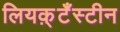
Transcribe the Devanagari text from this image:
लियक़्टँस्टीन